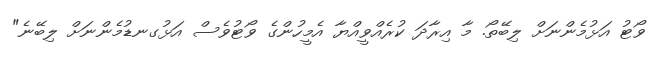
ވޯޓު އަޅުމެންނަށް ލިބޭތޯ. މާ އިރާދަ ކުރެއްވީއްޔާ އެމީހުންގެ ވޯޓުވެސް އަޅުގނޑުމެންނަށް ލިބޭނެ"